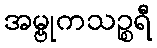
အမ္ဗုကသဉ္စရီ